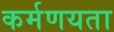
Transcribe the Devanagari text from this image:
कर्मणयता